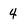
Character: 4